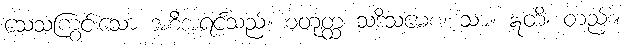
သေသံကြွင်းသော အစီအရင်သည်။ စတုတ္ထ သဒိသမေစ၊ သာ။ ဣတိ၊ တည်း။